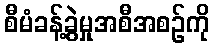
စီမံခန့်ခွဲမှုအစီအစဉ်ကို